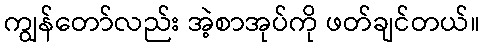
ကျွန်တော်လည်း အဲ့စာအုပ်ကို ဖတ်ချင်တယ်။